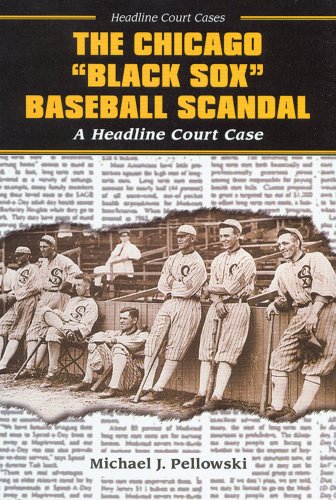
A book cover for The Chicago Black Sox Baseball Scandal (Headline Court Cases); Michael J. Pellowski; Teen & Young Adult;